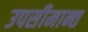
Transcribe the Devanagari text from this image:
उपसीमान्त